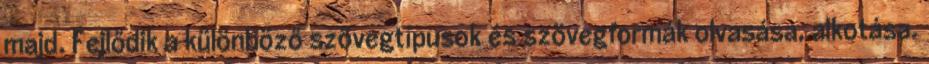
majd. Fejlődik a különböző szövegtípusok és szövegformák olvasása, alkotása.